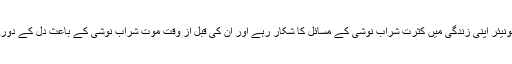
فریڈ ٹرمپ جونیئر اپنی زندگی میں کثرت شراب نوشی کے مسائل کا شکار رہے اور ان کی قبل از وقت موت شراب نوشی کے باعث دل کے دورے سے ہوئی۔